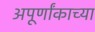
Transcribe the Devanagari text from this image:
अपूर्णांकाच्या